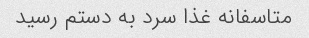
متاسفانه غذا سرد به دستم رسید